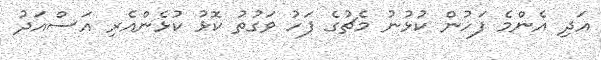
އަދި އެންމެ ފަހުން ކުޅުނު މެޗުގެ ފަހު ވަގުތު ކޮޅު ކުޅެންއެރި އަސްއަދު